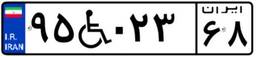
۹۵W۰۲۳۶۸